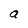
Character: a